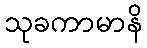
သုခကာမာနိ